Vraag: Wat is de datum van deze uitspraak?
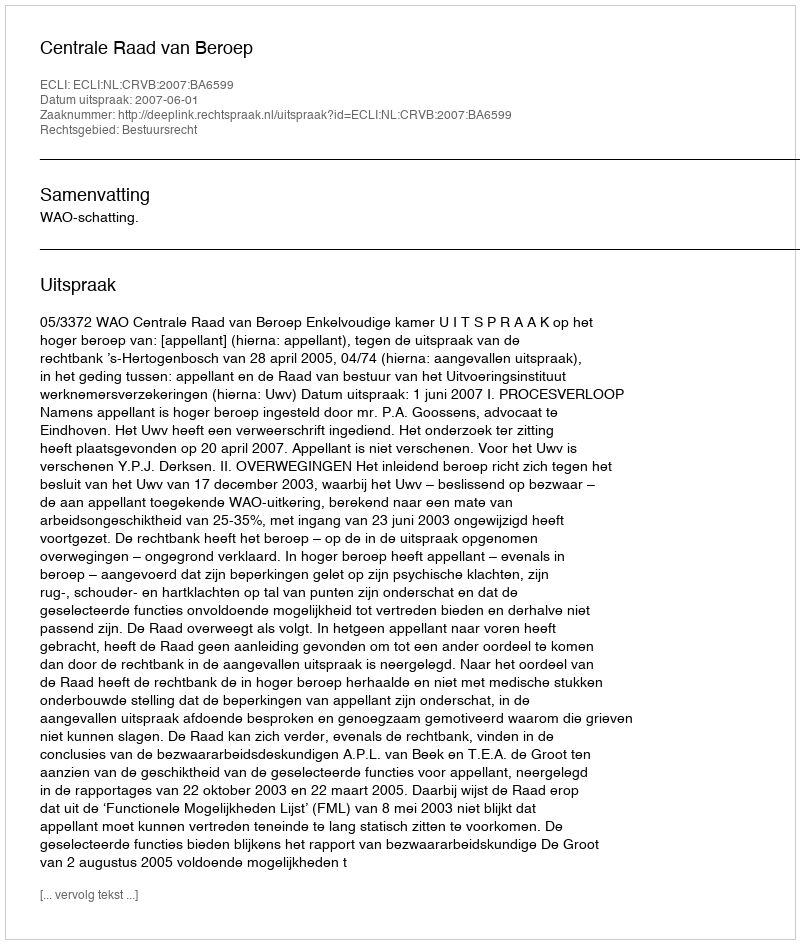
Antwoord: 2007-06-01